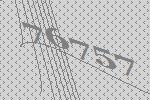
76757